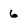
Character: 6